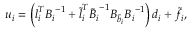
u _ { i } = \left( \boldsymbol { l } _ { i } ^ { T } { \boldsymbol { B } _ { i } } ^ { - 1 } + \boldsymbol { \widetilde { l } } _ { i } ^ { T } { \boldsymbol { { \widetilde { B } } } _ { i } } ^ { - 1 } { \boldsymbol { { B } } _ { \tilde { b } _ { i } } } { \boldsymbol { { B } } _ { i } } ^ { - 1 } \right) \boldsymbol { d } _ { i } + \tilde { f } _ { i } ,